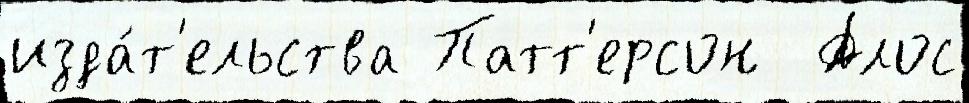
изда́т'ельства Патт'ерсон  Алос